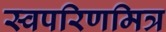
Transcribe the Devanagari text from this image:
स्वपरिणमित्र